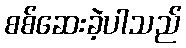
စစ်ဆေးခဲ့ပါသည်